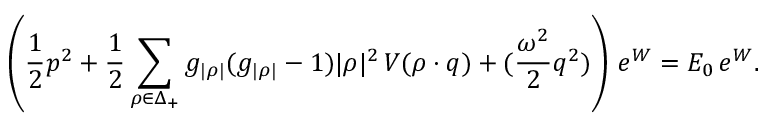
\left( { \frac { 1 } { 2 } } p ^ { 2 } + { \frac { 1 } { 2 } } \sum _ { \rho \in \Delta _ { + } } g _ { | \rho | } ( g _ { | \rho | } - 1 ) | \rho | ^ { 2 } \, V ( \rho \cdot q ) + ( { \frac { \omega ^ { 2 } } { 2 } } q ^ { 2 } ) \right) \, e ^ { W } = { \cal E } _ { 0 } \, e ^ { W } .